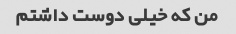
من که خیلی دوست داشتم